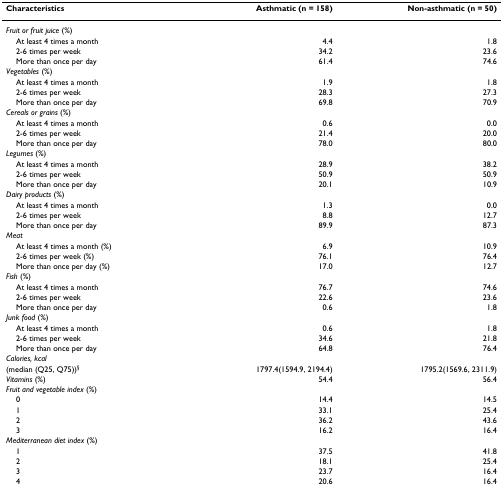
<table><thead><tr><td><b>Characteristics</b></td><td><b>Asthmatic (n = 158)</b></td><td><b>Non-asthmatic (n = 50)</b></td></tr></thead><tbody><tr><td><i>Fruit or fruit juice </i>(%)</td><td></td><td></td></tr><tr><td> At least 4 times a month</td><td>4.4</td><td>1.8</td></tr><tr><td> 2-6 times per week</td><td>34.2</td><td>23.6</td></tr><tr><td> More than once per day</td><td>61.4</td><td>74.6</td></tr><tr><td><i>Vegetables </i>(%)</td><td></td><td></td></tr><tr><td> At least 4 times a month</td><td>1.9</td><td>1.8</td></tr><tr><td> 2-6 times per week</td><td>28.3</td><td>27.3</td></tr><tr><td> More than once per day</td><td>69.8</td><td>70.9</td></tr><tr><td><i>Cereals or grains </i>(%)</td><td></td><td></td></tr><tr><td> At least 4 times a month</td><td>0.6</td><td>0.0</td></tr><tr><td> 2-6 times per week</td><td>21.4</td><td>20.0</td></tr><tr><td> More than once per day</td><td>78.0</td><td>80.0</td></tr><tr><td><i>Legumes </i>(%)</td><td></td><td></td></tr><tr><td> At least 4 times a month</td><td>28.9</td><td>38.2</td></tr><tr><td> 2-6 times per week</td><td>50.9</td><td>50.9</td></tr><tr><td> More than once per day</td><td>20.1</td><td>10.9</td></tr><tr><td><i>Dairy products </i>(%)</td><td></td><td></td></tr><tr><td> At least 4 times a month</td><td>1.3</td><td>0.0</td></tr><tr><td> 2-6 times per week</td><td>8.8</td><td>12.7</td></tr><tr><td> More than once per day</td><td>89.9</td><td>87.3</td></tr><tr><td><i>Meat</i></td><td></td><td></td></tr><tr><td> At least 4 times a month (%)</td><td>6.9</td><td>10.9</td></tr><tr><td> 2-6 times per week (%)</td><td>76.1</td><td>76.4</td></tr><tr><td> More than once per day (%)</td><td>17.0</td><td>12.7</td></tr><tr><td><i>Fish </i>(%)</td><td></td><td></td></tr><tr><td> At least 4 times a month</td><td>76.7</td><td>74.6</td></tr><tr><td> 2-6 times per week</td><td>22.6</td><td>23.6</td></tr><tr><td> More than once per day</td><td>0.6</td><td>1.8</td></tr><tr><td><i>Junk food </i>(%)</td><td></td><td></td></tr><tr><td> At least 4 times a month</td><td>0.6</td><td>1.8</td></tr><tr><td> 2-6 times per week</td><td>34.6</td><td>21.8</td></tr><tr><td> More than once per day</td><td>64.8</td><td>76.4</td></tr><tr><td><i>Calories, kcal</i></td><td></td><td></td></tr><tr><td>(median (Q25, Q75))<sup>§</sup></td><td>1797.4(1594.9, 2194.4)</td><td>1795.2(1569.6, 2311.9)</td></tr><tr><td><i>Vitamins </i>(%)</td><td>54.4</td><td>56.4</td></tr><tr><td><i>Fruit and vegetable index </i>(%)</td><td></td><td></td></tr><tr><td> 0</td><td>14.4</td><td>14.5</td></tr><tr><td> 1</td><td>33.1</td><td>25.4</td></tr><tr><td> 2</td><td>36.2</td><td>43.6</td></tr><tr><td> 3</td><td>16.2</td><td>16.4</td></tr><tr><td><i>Mediterranean diet index </i>(%)</td><td></td><td></td></tr><tr><td> 1</td><td>37.5</td><td>41.8</td></tr><tr><td> 2</td><td>18.1</td><td>25.4</td></tr><tr><td> 3</td><td>23.7</td><td>16.4</td></tr><tr><td> 4</td><td>20.6</td><td>16.4</td></tr></tbody></table>